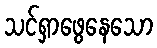
သင်ရှာဖွေနေသော